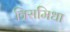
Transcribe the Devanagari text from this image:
त्रिसमिधा